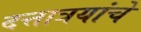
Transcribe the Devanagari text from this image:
दत्तात्रयांचे